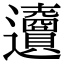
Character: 𨙜